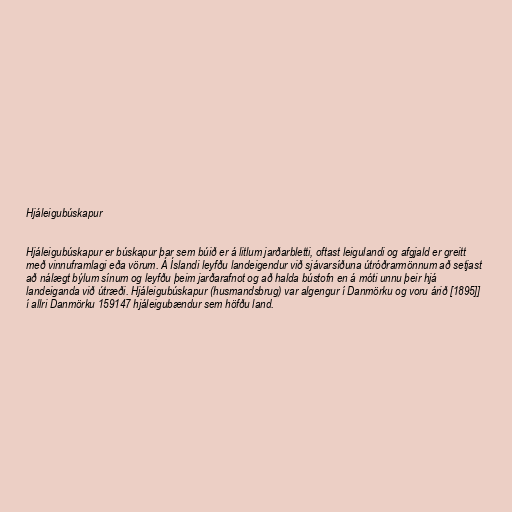
Hjáleigubúskapur

Hjáleigubúskapur er búskapur þar sem búið er á litlum jarðarbletti, oftast leigulandi og afgjald er greitt
með vinnuframlagi eða vörum. Á Íslandi leyfðu landeigendur við sjávarsíðuna útróðrarmönnum að setjast
að nálægt býlum sínum og leyfðu þeim jarðarafnot og að halda bústofn en á móti unnu þeir hjá
landeiganda við útræði. Hjáleigubúskapur (husmandsbrug) var algengur í Danmörku og voru árið [1895]]
í allri Danmörku 159147 hjáleigubændur sem höfðu land.